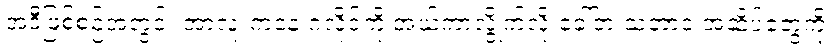
အဲဒီဖြစ်စဉ်အတွင်း အာလူးကနေ ဂလိုင်ကို အယ်ကာလွိုက်လို့ ခေါ်တဲ့ သဘာဝ အဆိပ်တွေကို